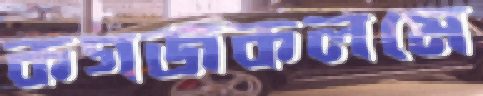
কগজকলমে